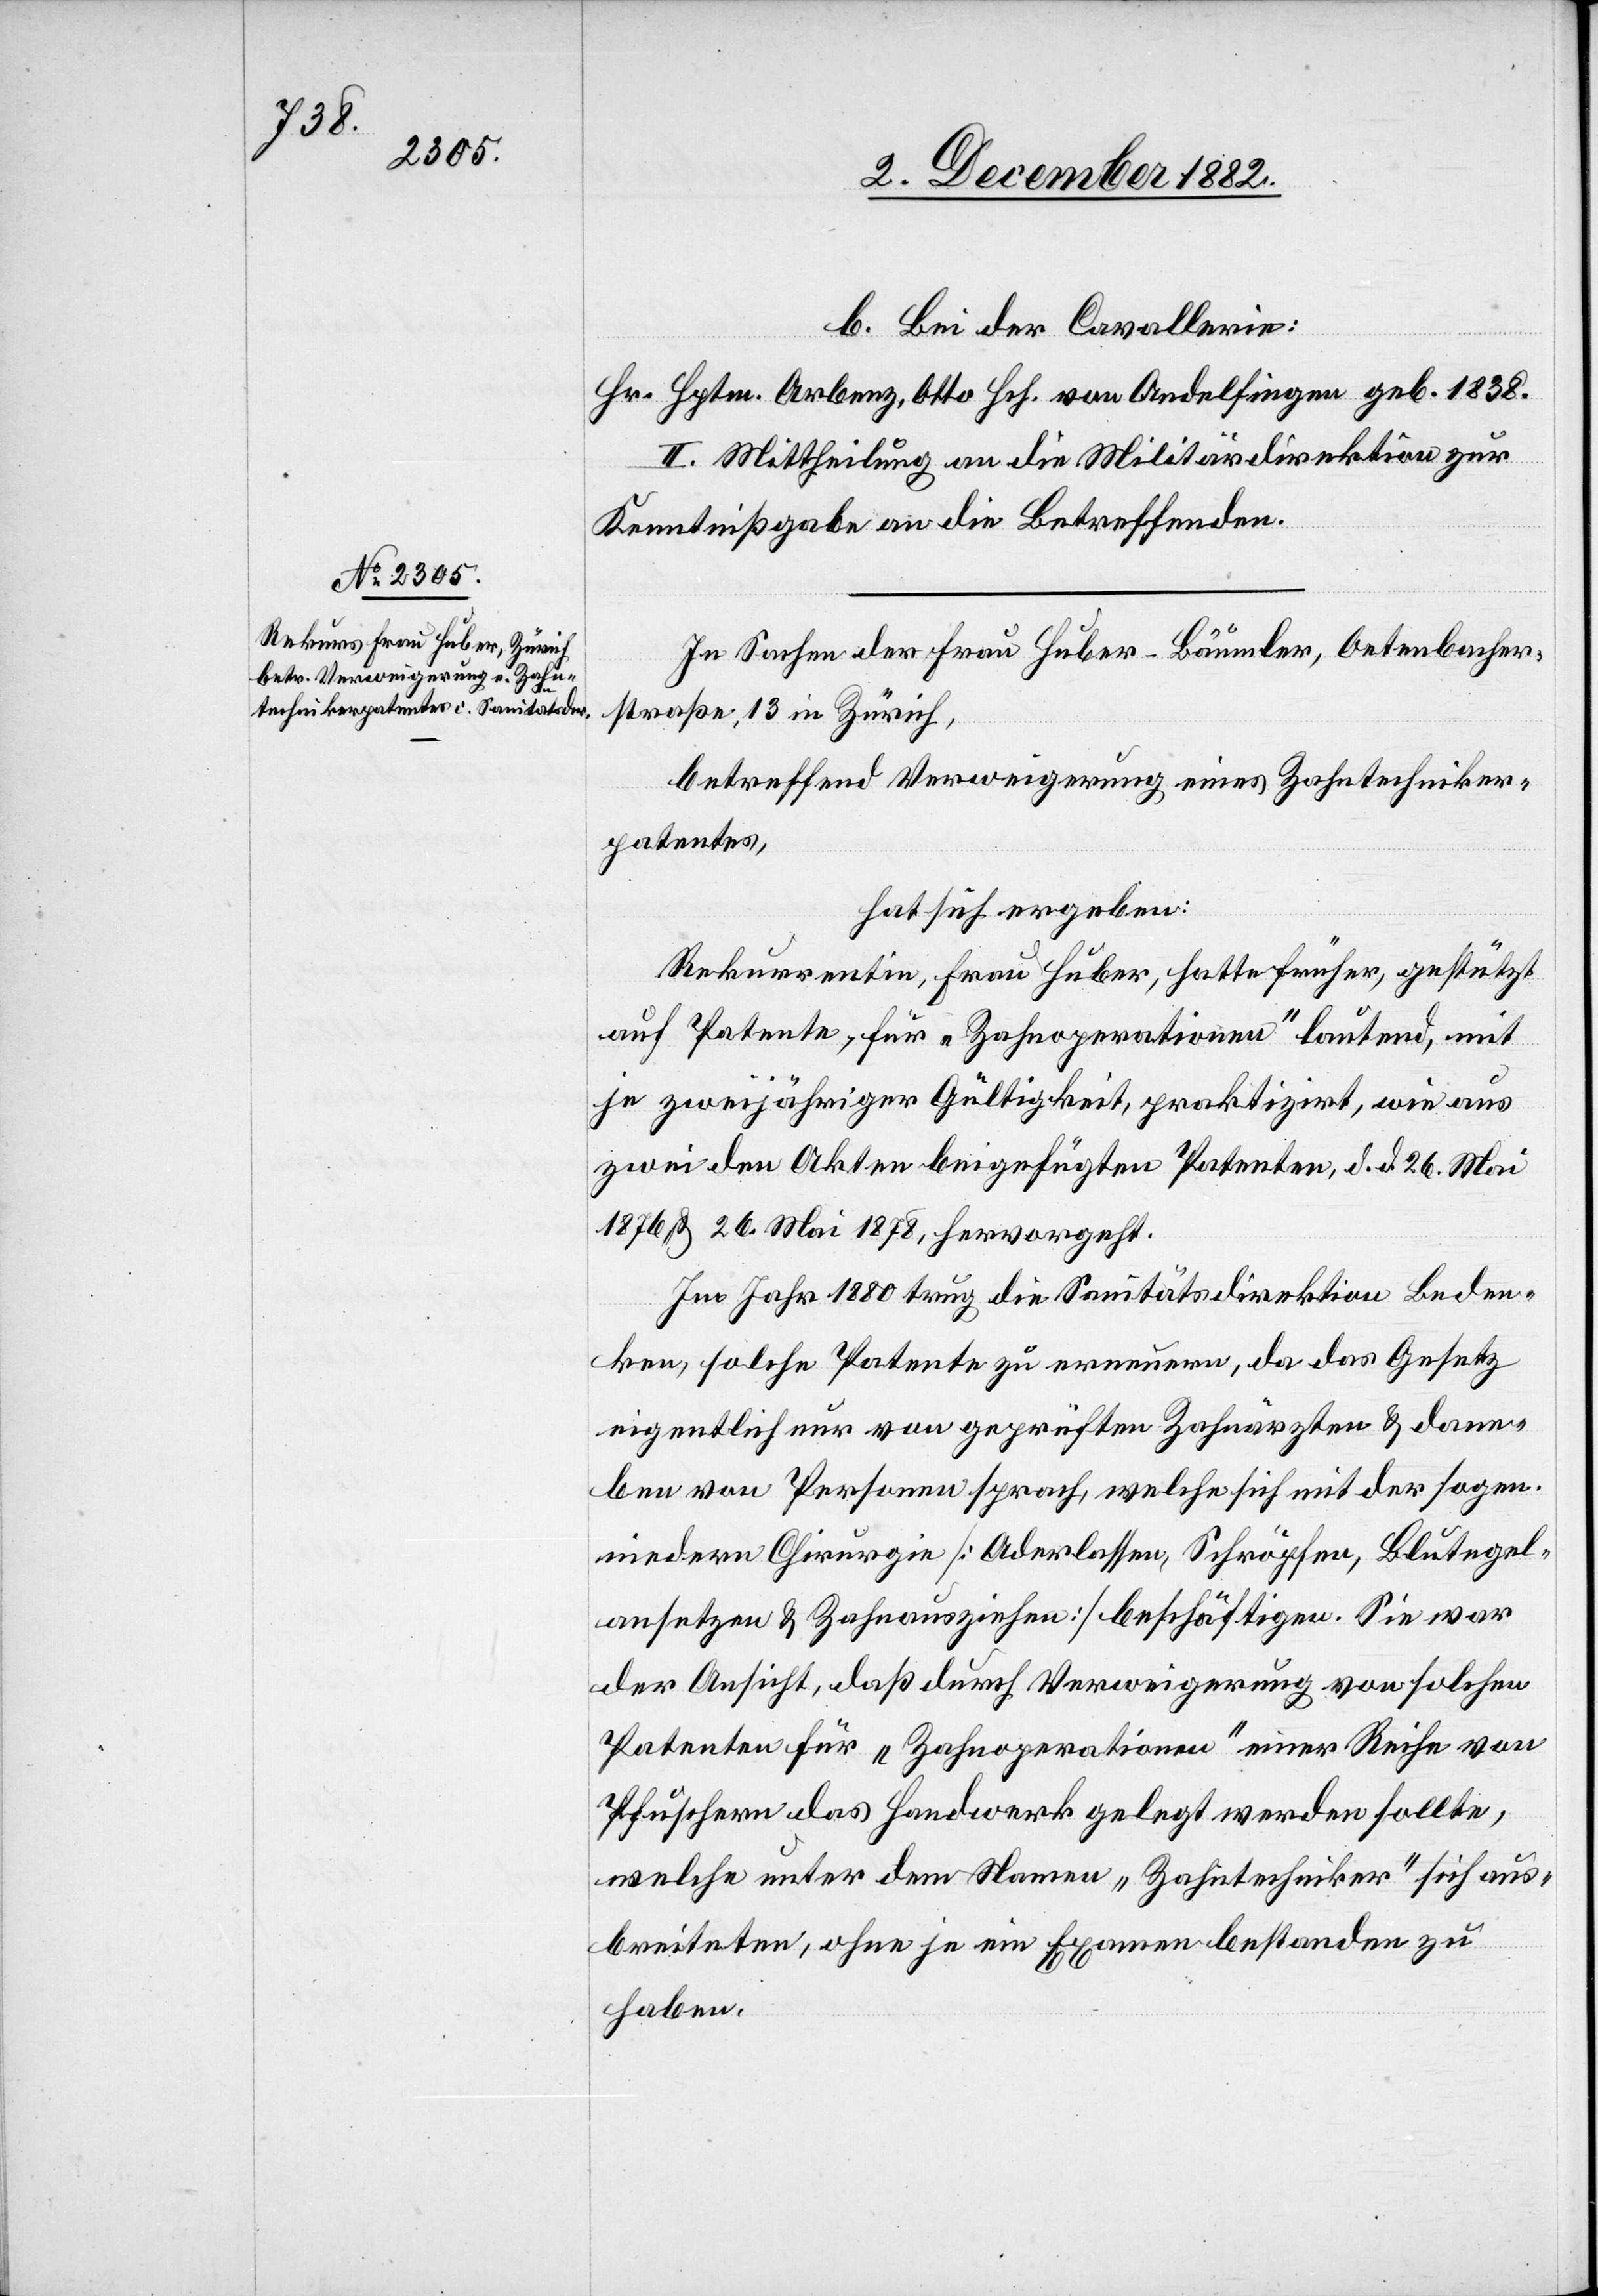
1838.

b. Bei der Cavallerie:
II. Mittheilung an die Militärdirektion zur
Kenntnißgabe an die Betreffenden.
In Sachen der Frau Huber-Bäumler, Oetenbacher¬
straße 13 in Zürich,
betreffend Verweigerung eines Zahntechniker¬
patentes,
hat sich ergeben:
Rekurrentin, Frau Huber, hatte früher, gestützt
auf Patente, für „Zahnoperationen“ lautend, mit
je zweijähriger Gültigkeit, praktizirt, wie aus
zwei den Akten beigefügten Patenten, d. d. 26. Mai
1876 & 26. Mai 1878, hervorgeht.
Im Jahr 1880 trug die Sanitätsdirektion Beden¬
ken, solche Patente zu erneuern, da das Gesetz
eigentlich nur von geprüften Zahnärzten & dane¬
ben von Personen sprach, welche sich mit der sogen.
niedern Chirurgie [Aderlassen, Schröpfen, Blutegel¬
ansetzen & Zahnausziehen] beschäftigen. Sie war
der Ansicht, daß durch Verweigerung von solchen
Patenten für „Zahnoperationen“ einer Reihe von
Pfuschern das Handwerk gelegt werden sollte,
welche unter dem Namen „Zahntechniker“ sich aus¬
breiteten, ohne je ein Examen bestanden zu
haben.